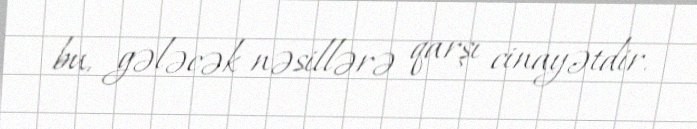
bu, gələcək nəsillərə qarşı cinayətdir.